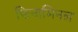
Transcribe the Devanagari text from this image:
फिनामिनल